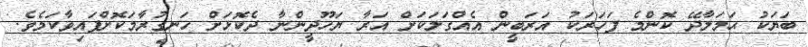
ބަޔަކު ޙަމަލާދޭ ކޮންމެ ފަހަރަކު އަރަބީން އެއްގަލަކަށް އަރާ ޔަހޫދީންނާ ދެކޮޅަށް ހަނގުރާމަކޮށްފައިވާކަމެވެ.